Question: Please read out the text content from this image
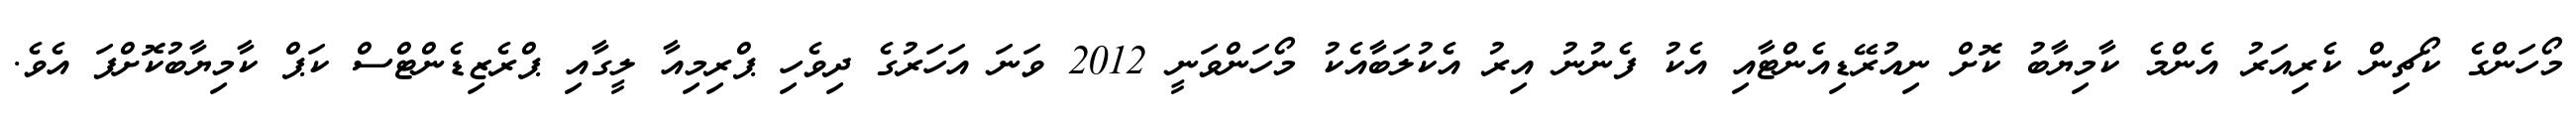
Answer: މޯހަންގެ ކޯޗިން ކެރިއަރު އެންމެ ކާމިޔާބު ކޮށް ނިއުރޭޑިއެންޓާއި އެކު ފެނުނު އިރު އެކުލަބާއެކު މޯހަންވަނީ 2012 ވަނަ އަހަރުގެ ދިވެހި ޕްރިމިއާ ލީގާއި ޕްރެޒިޑެންޓްސް ކަޕް ކާމިޔާބުކޮށްފަ އެވެ.